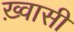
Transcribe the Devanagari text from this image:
ख़्वासी